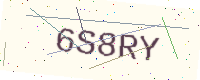
Text: 6S8RY